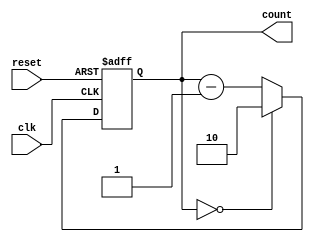
module contador_2bit_desc_lim2 (
  input clk, // Sinal de Clock (borda de subida)
  input reset, // Sinal de Reset
  output reg [1:0] count // Sada de 2 bits
);

  reg [1:0] next_count;

  always @(posedge clk or posedge reset) begin
    if (reset) begin
      // Se o sinal de Reset estiver ativo, resetamos para 2
      count <= 2'b10;
    end else begin
      // Caso contrrio, decrementamos o contador
      count <= next_count;
    end
  end

  always @* begin
    // Lgica para calcular o prximo valor do contador
    if (count == 2'b00) begin
      next_count = 2'b10; // Se o contador chegar a 0, resetamos para 2
    end else begin
      next_count = count - 1; // Caso contrrio, decrementamos
    end
  end

endmodule